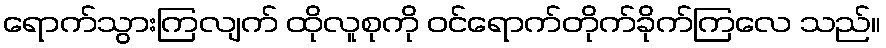
ရောက်သွားကြလျက် ထိုလူစုကို ဝင်ရောက်တိုက်ခိုက်ကြလေ သည်။